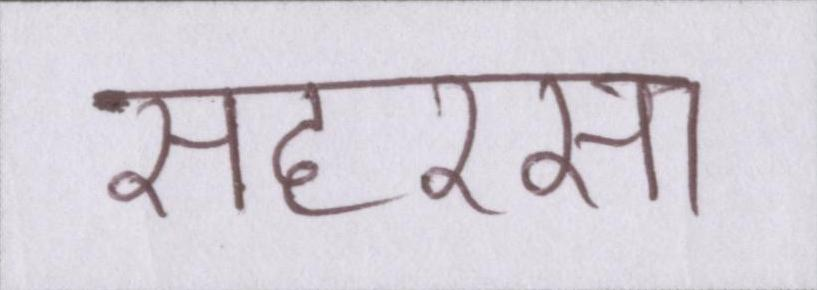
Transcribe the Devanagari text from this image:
सहरसा